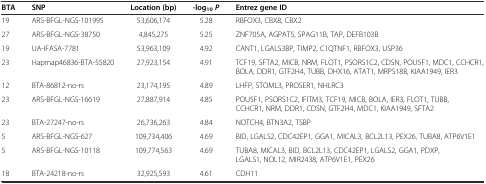
| BTA | SNP | Location (bp) | -log10P | Entrez gene ID |
 | --- | --- | --- | --- | --- |
 | 19 | ARS-BFGL-NGS-101995 | 53,606,174 | 5.28 | RBFOX3, CBX8, CBX2 |
 | 27 | ARS-BFGL-NGS-38750 | 4,845,275 | 5.25 | ZNF705A, AGPAT5, SPAG11B, TAP, DEFB103B |
 | 19 | UA-IFASA-7781 | 53,963,109 | 4.92 | CANT1, LGALS3BP, TIMP2, C1QTNF1, RBFOX3, USP36 |
 | 23 | Hapmap46836-BTA-55820 | 27,923,154 | 4.91 | TCF19, SFTA2, MICB, NRM, FLOT1, PSORS1C2, CDSN, POU5F1, MDC1, CCHCR1, BOLA, DDR1, GTF2H4, TUBB, DHX16, ATAT1, MRPS18B, KIAA1949, IER3 |
 | 12 | BTA-86812-no-rs | 23,174,195 | 4.89 | LHFP, STOML3, PROSER1, NHLRC3 |
 | 23 | ARS-BFGL-NGS-16619 | 27,887,914 | 4.85 | POU5F1, PSORS1C2, IFITM3, TCF19, MICB, BOLA, IER3, FLOT1, TUBB, CCHCR1, NRM, DDR1, CDSN, GTF2H4, MDC1, KIAA1949, SFTA2 |
 | 23 | BTA-27247-no-rs | 26,736,263 | 4.84 | NOTCH4, BTN3A2, TSBP |
 | 5 | ARS-BFGL-NGS-627 | 109,734,406 | 4.69 | BID, LGALS2, CDC42EP1, GGA1, MICAL3, BCL2L13, PEX26, TUBA8, ATP6V1E1 |
 | 5 | ARS-BFGL-NGS-10118 | 109,774,563 | 4.69 | TUBA8, MICAL3, BID, BCL2L13, CDC42EP1, LGALS2, GGA1, PDXP, LGALS1, NOL12, MIR2438, ATP6V1E1, PEX26 |
 | 18 | BTA-24218-no-rs | 32,925,593 | 4.61 | CDH11 |